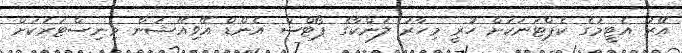
އޭރު އެޓީމުގެ ކެޕްޓަނަކަށް ހުރީ މިހާރު ލަންކާގެ ޕޯޓްސް އެންޑް އޭވިއޭޝަން މިނިސްޓަރަކަށް